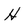
Character: H